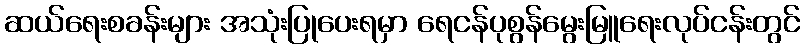
ဆယ်ရေးစခန်းများ အသုံးပြုပေးရမှာ ရေငန်ပုစွန်မွေးမြူရေးလုပ်ငန်းတွင်